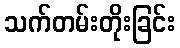
သက်တမ်းတိုးခြင်း